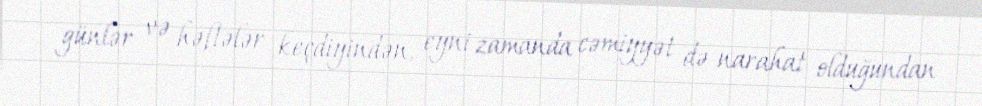
günlər və həftələr keçdiyindən, eyni zamanda cəmiyyət də narahat olduğundan